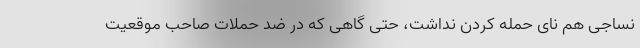
نساجی هم نای حمله کردن نداشت، حتی گاهی که در ضد حملات صاحب موقعیت